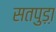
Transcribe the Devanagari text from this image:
सतपुड़ा़